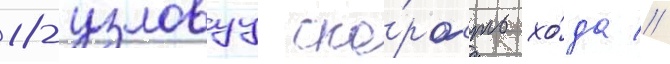
18-узловуу ско́рость хо́да //